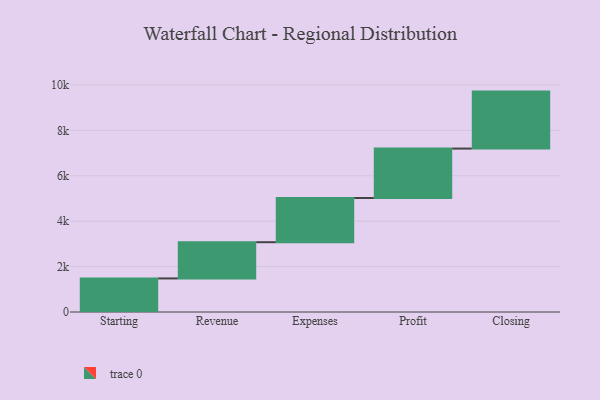
{"axis": {"x": "Step", "y": "Value"}, "legend": [""], "data": [{"x": "Starting", "y": 1479.0, "type": ""}, {"x": "Revenue", "y": 1595.0, "type": ""}, {"x": "Expenses", "y": 1947.0, "type": ""}, {"x": "Profit", "y": 2177.0, "type": ""}, {"x": "Closing", "y": 2509.0, "type": ""}]}